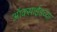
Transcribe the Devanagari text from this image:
ऑक्साईडच्या